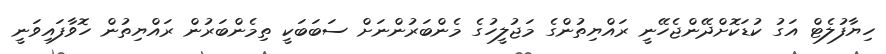
ހިޔާފުލެޓް އަގު ކުޑަކޮށްދޭންޖެހޭނީ ރައްޔިތުންގެ މަޖުލީހުގެ މެންބަރުންނަށް ސަބަބަކީ ތިމެންބަރުން ރައްޔިތުން ހޮވާފައިވަނީ